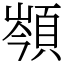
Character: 䫈